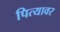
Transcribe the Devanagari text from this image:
पित्यावर